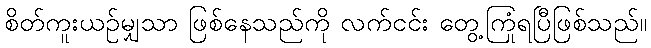
စိတ်ကူးယဉ်မျှသာ ဖြစ်နေသည်ကို လက်ငင်း တွေ့ကြုံရပြီဖြစ်သည်။